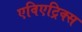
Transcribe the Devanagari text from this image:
एविएट्रिक्स